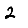
Digit: 2